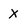
Character: X